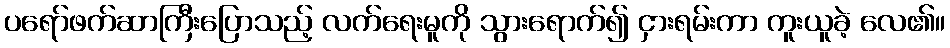
ပရော်ဖက်ဆာကြီးပြောသည့် လက်ရေးမူကို သွားရောက်၍ ငှားရမ်းကာ ကူးယူခဲ့ လေ၏။